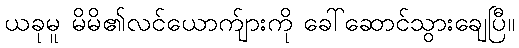
ယခုမူ မိမိ၏လင်ယောက်ျားကို ခေါ်ဆောင်သွားချေပြီ။